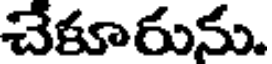
చేకూరును.